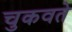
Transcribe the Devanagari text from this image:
चुकवते